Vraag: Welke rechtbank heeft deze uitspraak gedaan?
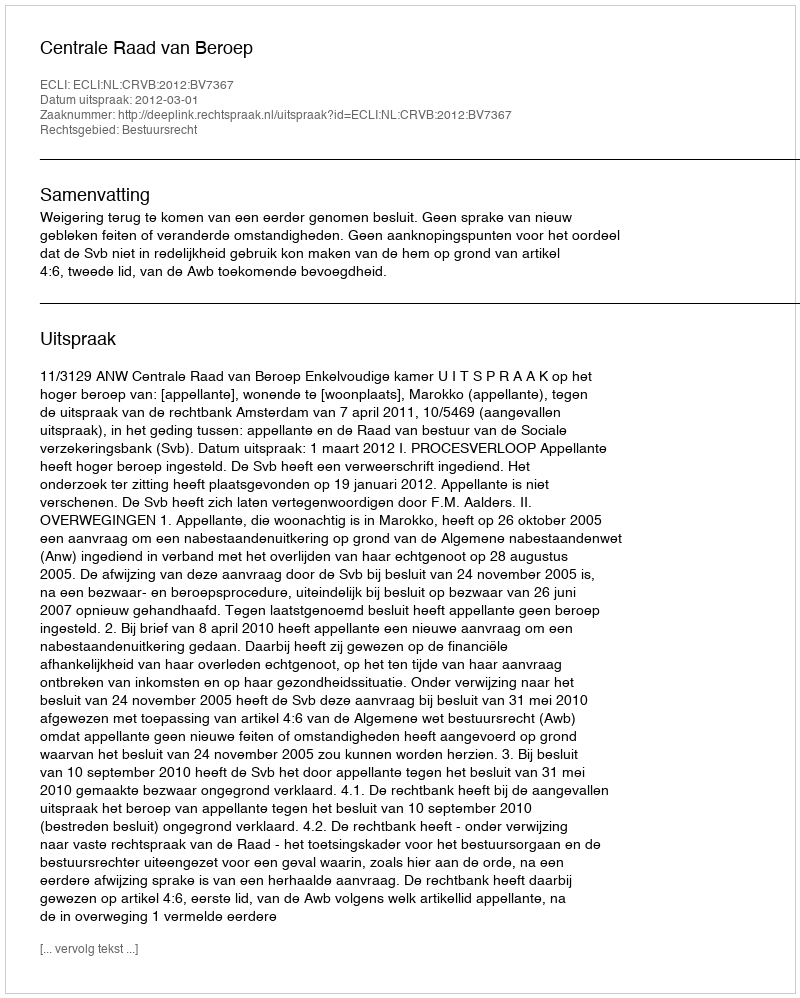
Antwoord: Centrale Raad van Beroep